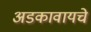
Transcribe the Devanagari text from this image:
अडकावायचे